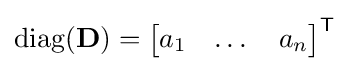
\operatorname {diag} (\mathbf {D} )={\begin{bmatrix}a_{1}&\dots &a_{n}\end{bmatrix}}^{\textsf {T}}